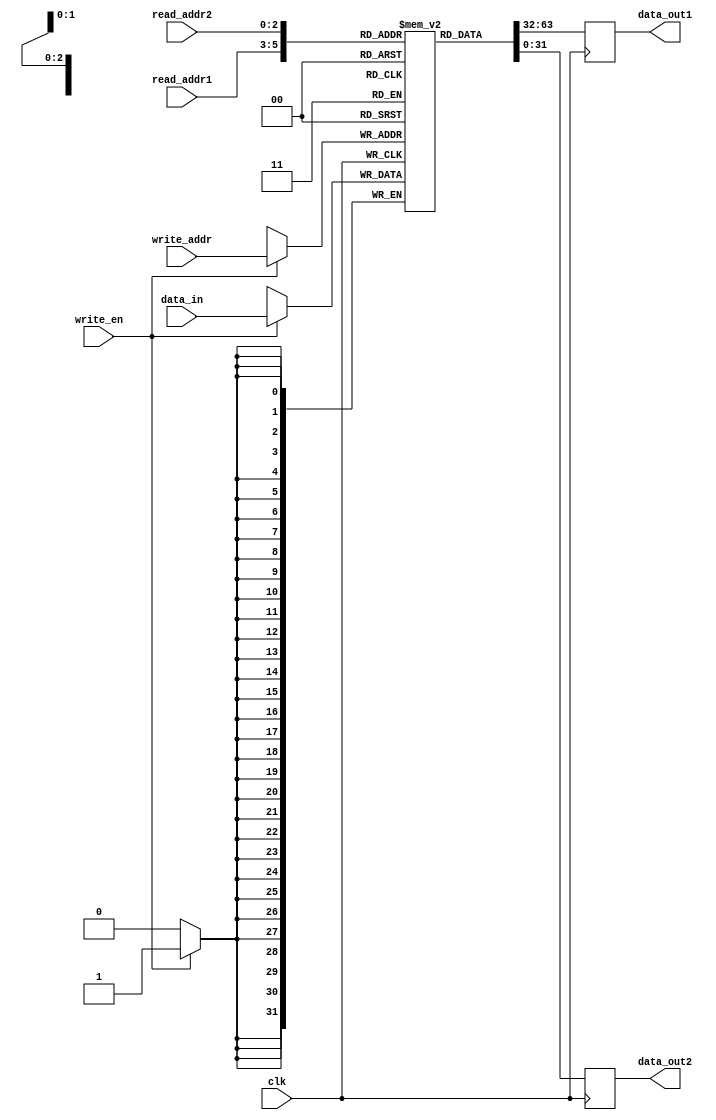
module register_file (
    input wire clk,
    input wire [2:0] read_addr1,
    input wire [2:0] read_addr2,
    input wire [2:0] write_addr,
    input wire write_en,
    input wire [31:0] data_in,
    output reg [31:0] data_out1,
    output reg [31:0] data_out2
);

reg [31:0] registers [0:7];

always @(posedge clk) begin
    if (write_en) begin
        registers[write_addr] <= data_in;
    end
    data_out1 <= registers[read_addr1];
    data_out2 <= registers[read_addr2];
end

endmodule